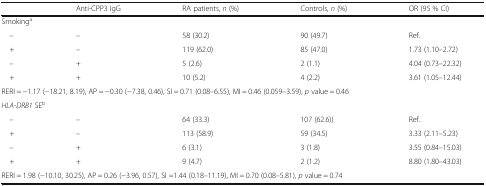
|  | Anti-CPP3 IgG | RA patients, n (%) | Controls, n (%) | OR (95 % CI) |
 | --- | --- | --- | --- | --- |
 | <COLSPAN=5> Smokinga |
 | – | – | 58 (30.2) | 90 (49.7) | Ref. |
 | + | – | 119 (62.0) | 85 (47.0) | 1.73 (1.10–2.72) |
 | – | + | 5 (2.6) | 2 (1.1) | 4.04 (0.73–22.32) |
 | + | + | 10 (5.2) | 4 (2.2) | 3.61 (1.05–12.44) |
 | <COLSPAN=5> RERI = −1.17 (−18.21, 8.19), AP = −0.30 (−7.38, 0.46), SI = 0.71 (0.08–6.55), MI = 0.46 (0.059–3.59), p value = 0.46 |
 | <COLSPAN=5> HLA-DRB1 SEb |
 | – | – | 64 (33.3) | 107 (62.6)) | Ref. |
 | + | – | 113 (58.9) | 59 (34.5) | 3.33 (2.11–5.23) |
 | – | + | 6 (3.1) | 3 (1.8) | 3.55 (0.84–15.03) |
 | + | + | 9 (4.7) | 2 (1.2) | 8.80 (1.80–43.03) |
 | <COLSPAN=5> RERI = 1.98 (−10.10, 30.25), AP = 0.26 (−3.96, 0.57), SI =1.44 (0.18–11.19), MI = 0.70 (0.08–5.81), p value = 0.74 |